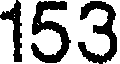
153